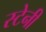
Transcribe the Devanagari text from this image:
स्टेनी